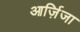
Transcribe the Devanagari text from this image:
आर्ज़िजा